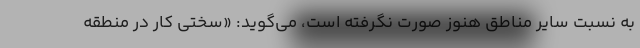
به نسبت سایر مناطق هنوز صورت نگرفته است، می‌گوید: «سختی کار در منطقه